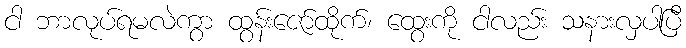
ငါ ဘာလုပ်ရမလဲကွာ ထွန်းဇော်ထိုက်၊ ထွေးကို ငါလည်း သနားလှပါပြီ